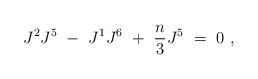
LaTeX: \begin{align*}J^2 J^5\ -\ J^1 J^6\ +\ {n \over 3}J^5\ =\ 0\ ,\end{align*}